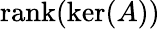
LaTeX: \operatorname{rank}(\ker(A))